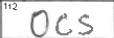
Transcription: OCS